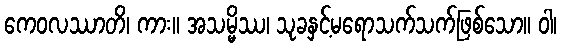
ကေဝလဿာတိ၊ ကား။ အသမ္မိဿ၊ သုခနှင့်မရောသက်သက်ဖြစ်သော။ ဝါ၊